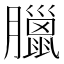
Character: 臘